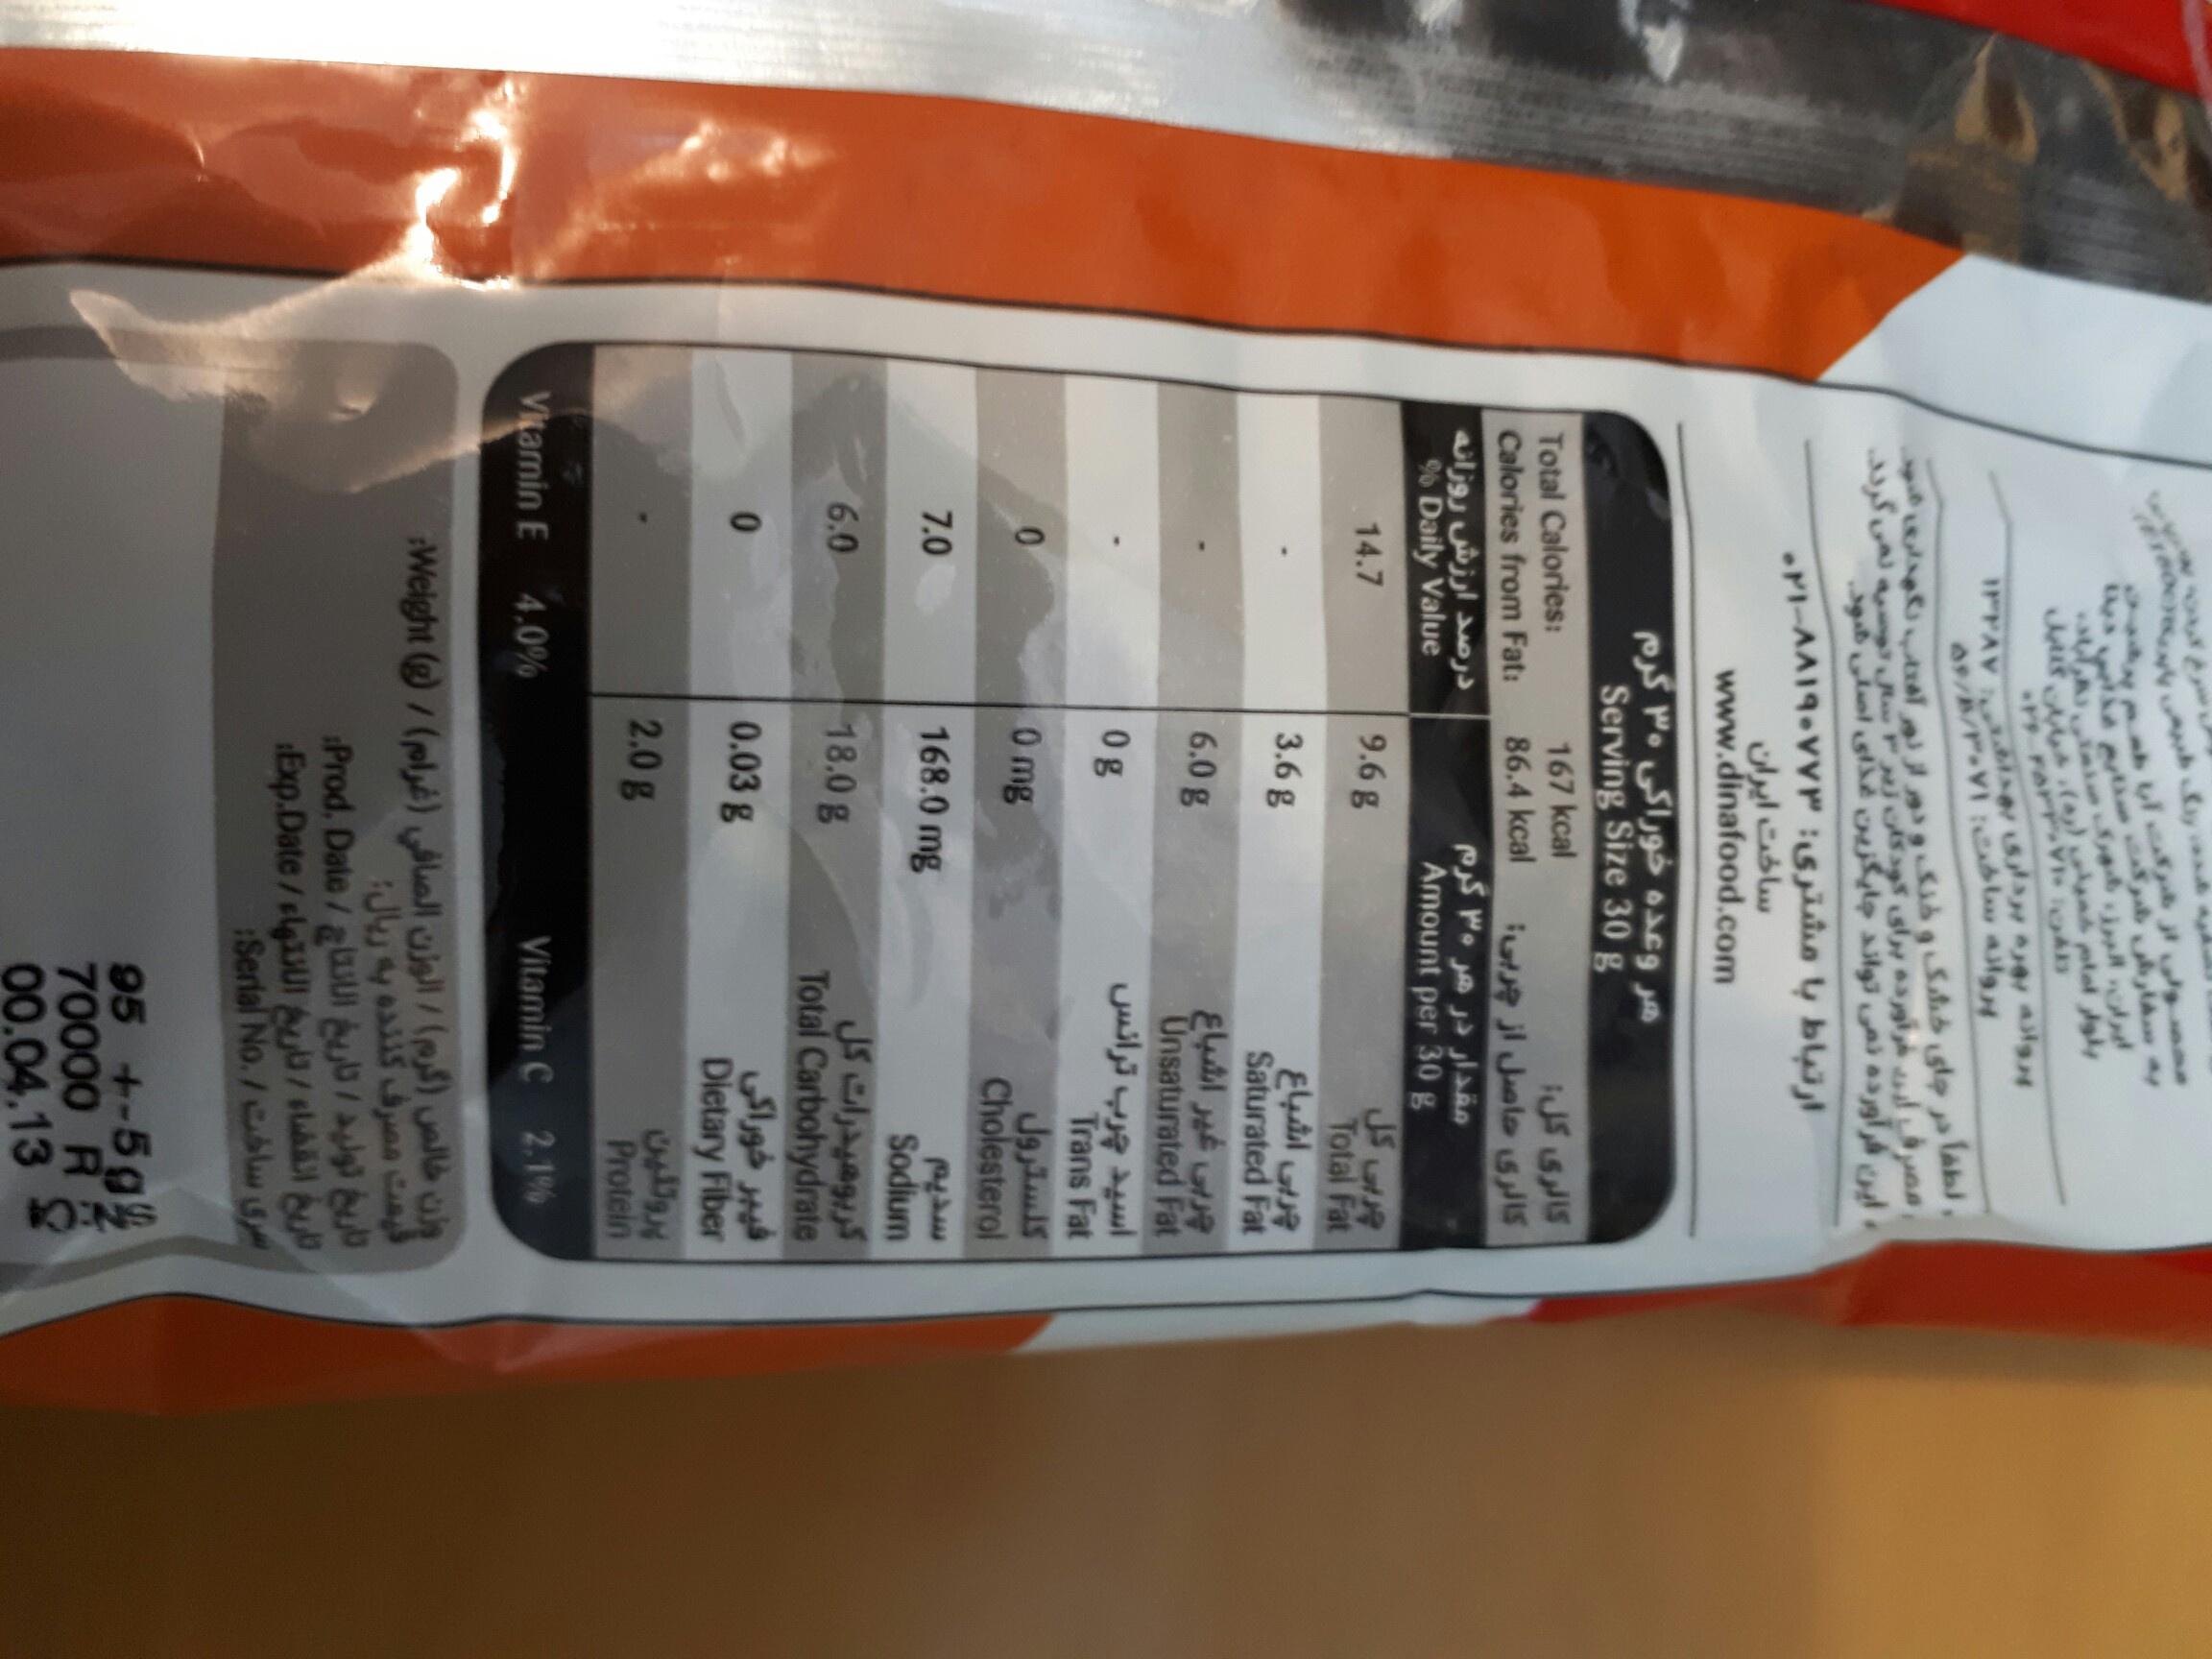
IPPAV ier 9 s
lab
ساخت ایران www.dinafood.com
هر وعده خوراکی ۳۰ گرم Serving Size 30 g
کالری كل iut j Jolo uSIS مقدار در هر ۳۰ گرم
167 kcal
Total Calories: Calories from Fat:
86.4 kcal
درصد ارزش روزانه % Daily Value
Amount per 30 g
JS u Total Fat
14.7
9.6 g
3.6 g
Saturated Fat ربی غهر اشباع Unsaturated Fat
6.0 g
08
اسید چرب ترانس Trans Fat
0 mg
کلسترول Cholesterol
7.0
168.0 mg
Sodium JSwlyag Total Carbohydrate فيبر خوراکی Dietary Fiber
6.0
18.0 g
0.03 g
2.0g
Protein
Vitamin E 4.0%
Vitamin C 2.1%
وزن خالص )گرم( / الوزن الصافي )غرام) / (@) Welght;
Prod. Date/aUl bua
Exp.Date/slgJUl bu/slub Serial No./lw
95 +-5g 70000 R 00.04.13